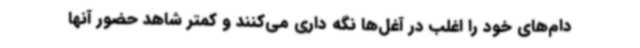
دام‌های خود را اغلب در آغل‌ها نگه داری می‌کنند و کمتر شاهد حضور آنها